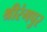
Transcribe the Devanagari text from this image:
श्रीरंगपुर